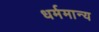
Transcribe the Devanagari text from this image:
धर्ममान्य